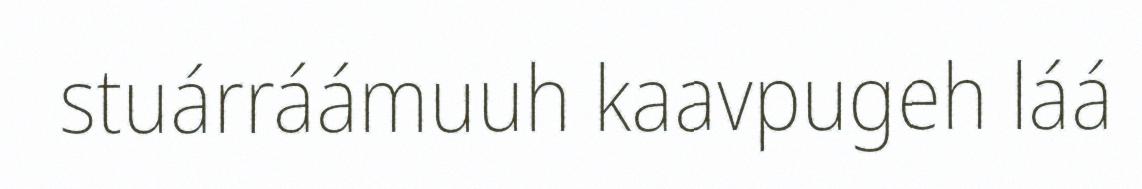
stuárráámuuh kaavpugeh láá